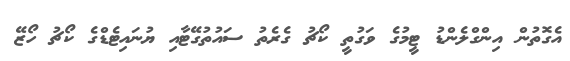
އެގޮތުން އިންގްލެންޑު ޓީމުގެ ވަގުތީ ކޯޗު ގެރެތު ސައުތުގޭޓާއި ޔުނައިޓެޑްގެ ކޯޗު ހޯޒޭ